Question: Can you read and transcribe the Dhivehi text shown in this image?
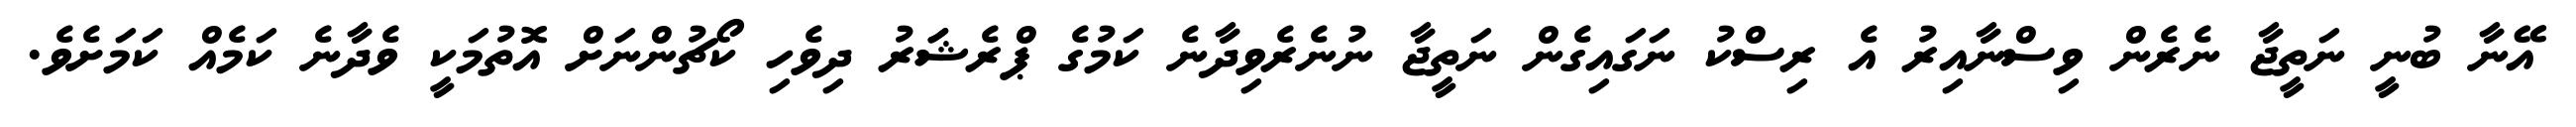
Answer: އޭނާ ބުނީ ނަތީޖާ ނެރެން ވިސްނާއިރު އެ ރިސްކު ނަގައިގެން ނަތީޖާ ނުނެރެވިދާނެ ކަމުގެ ޕްރެޝަަރު ދިވެހި ކޯޗުންނަށް އޮތުމަކީ ވެދާނެ ކަމެއް ކަމަށެވެ.